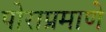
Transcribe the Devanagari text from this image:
पोराप्रमाणे